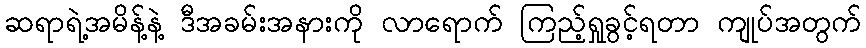
ဆရာရဲ့အမိန့်နဲ့ ဒီအခမ်းအနားကို လာရောက် ကြည့်ရှုခွင့်ရတာ ကျုပ်အတွက်